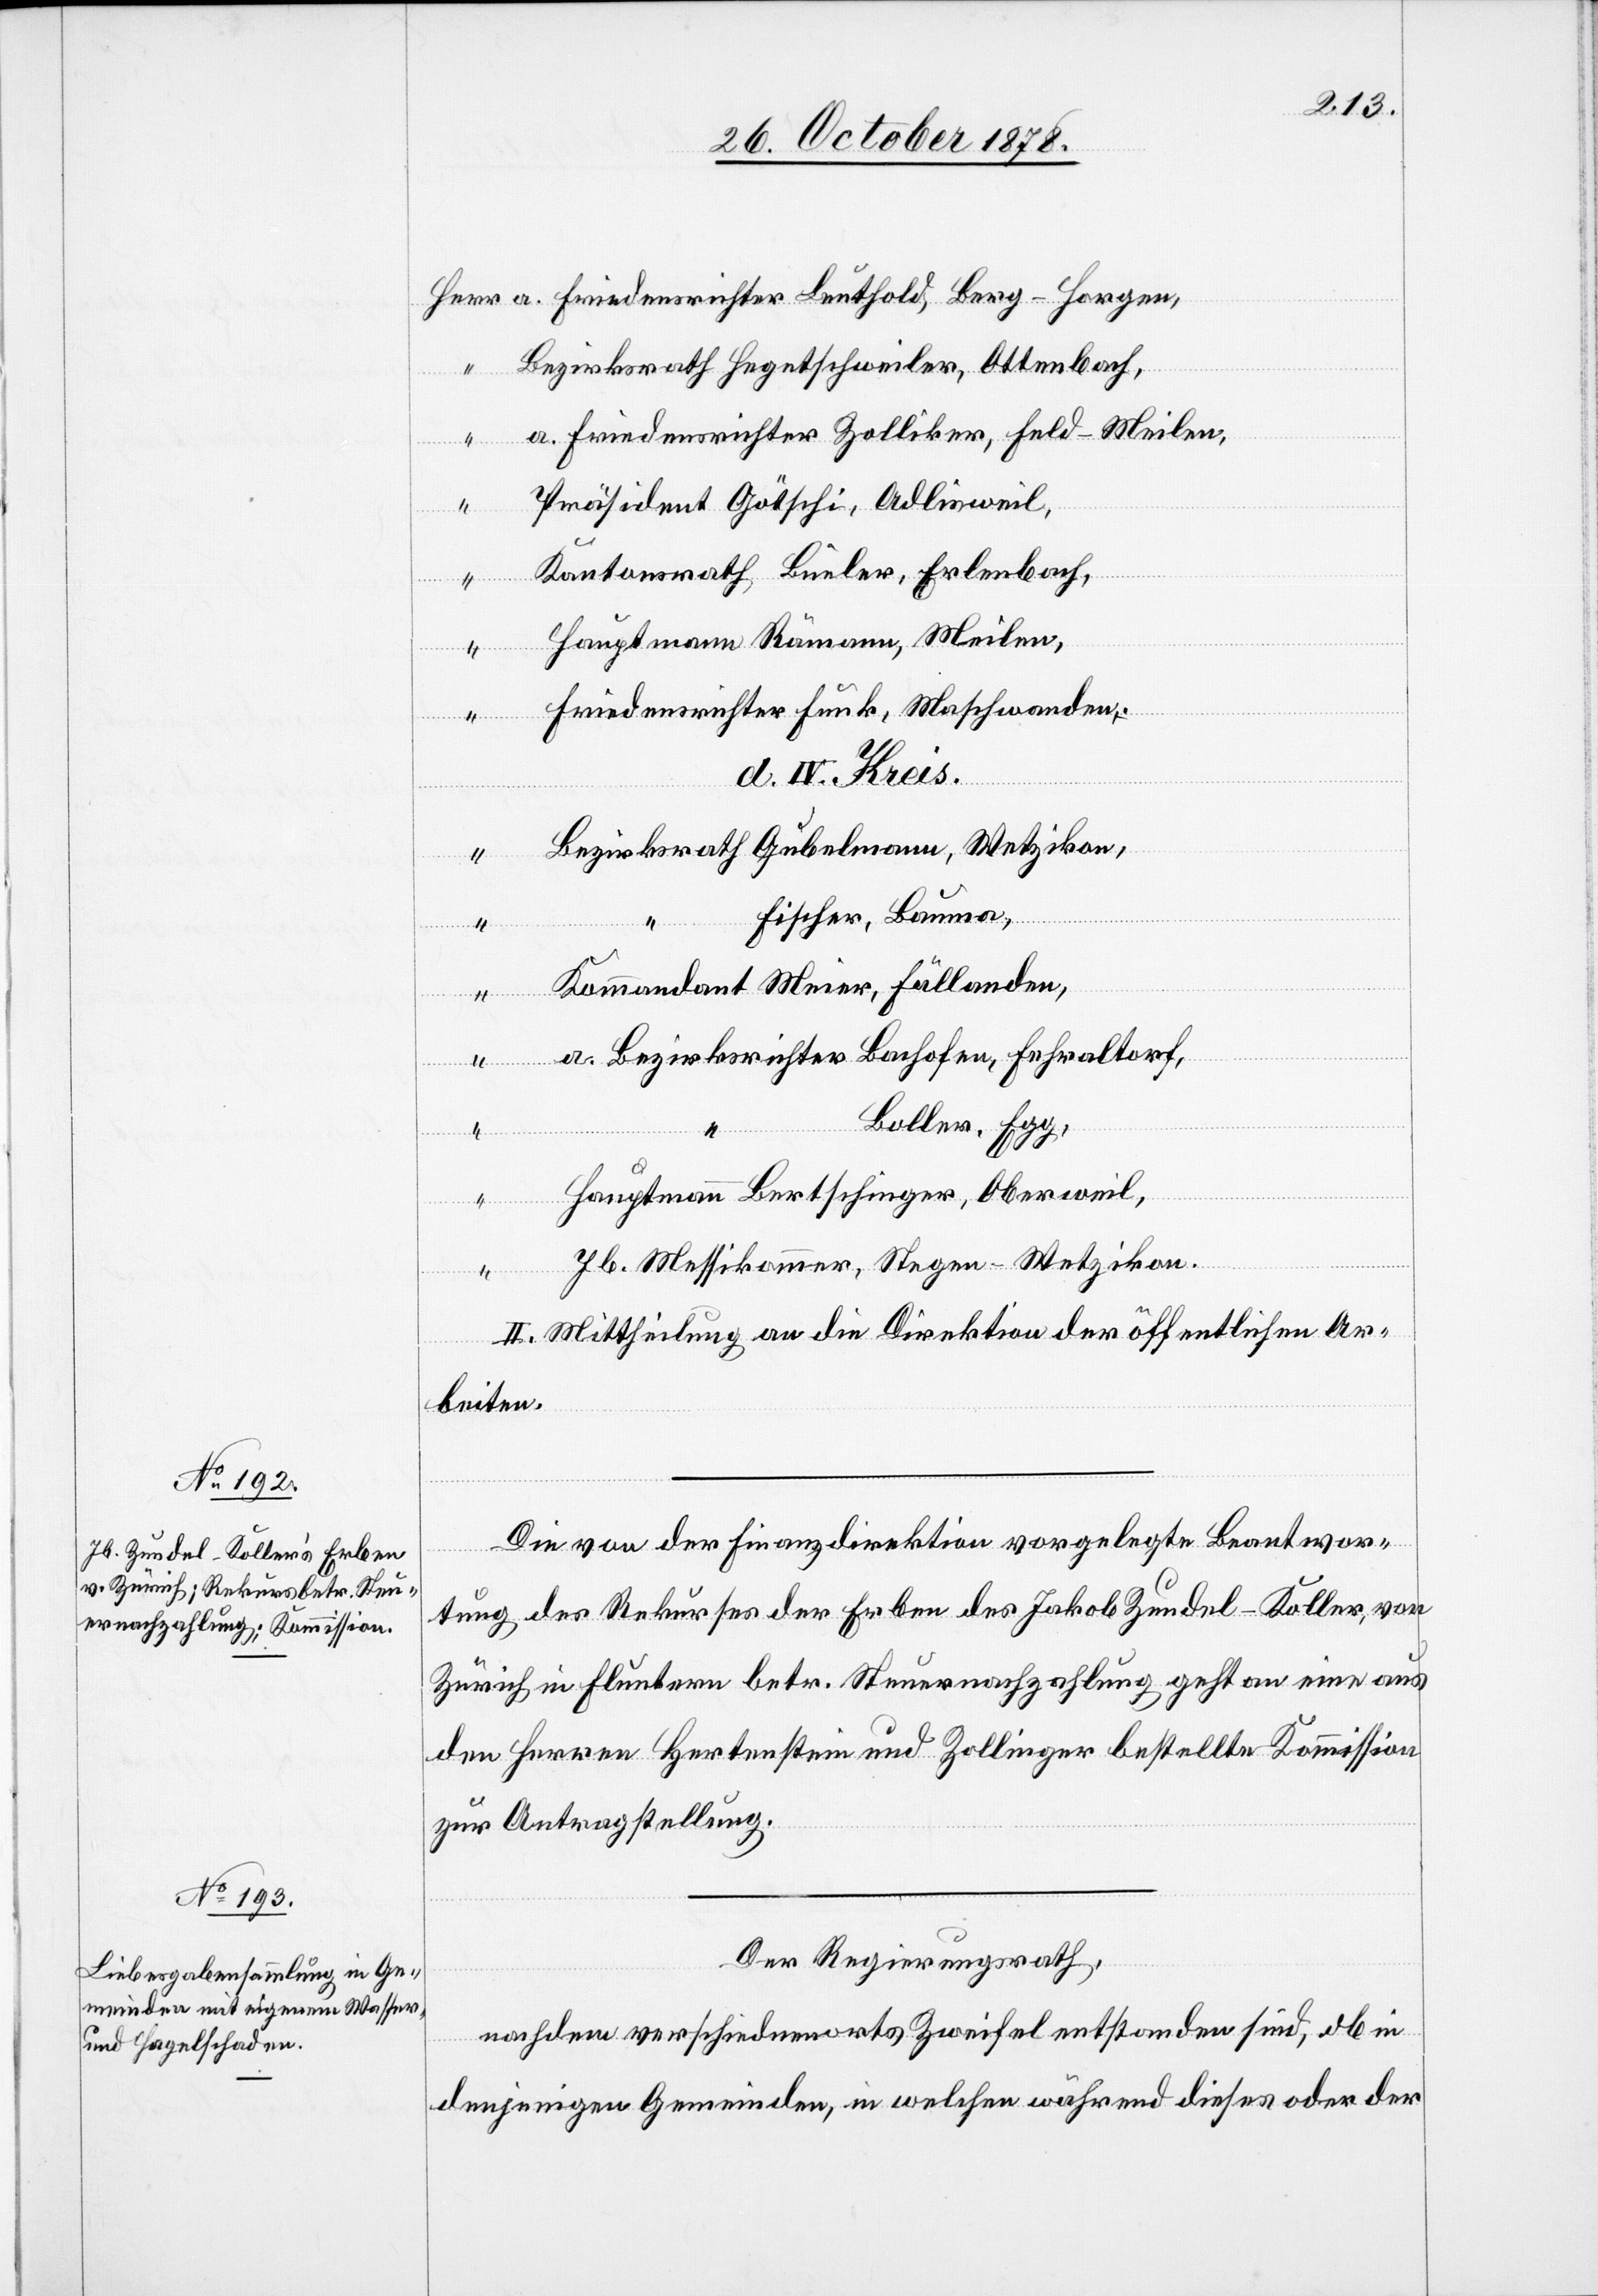
Herr a. Friedensrichter Leuthold, Berg - Horgen,
Bezirksrath Hegetschweiler, Ottenbach,
a. Friedensrichter Zolliker, Feld - Meilen,
“
Präsident Götschi, Adlisweil,
Kantonsrath Büeler, Erlenbach,
Hauptmann Rämann, Meilen,
“
Friedensrichter Funk, Maschwanden,
d. IV. Kreis.
Bezirksrath Gubelmann, Wetzikon,
Fischer, Bauma,
Kommandant Meier, Fällanden,
“
a. Bezirksrichter Bachofen, Fehraltorf,
Boller, Egg,
Hauptmann Bertschinger, Oberweil,
Jb. Messikommer, Stegen - Wetzikon.
II. Mittheilung an die Direktion der öffentlichen Ar¬
beiten.
Die von der Finanzdirektion vorgelegte Beantwor¬
tung des Rekurses der Erben des Jakob Zundel-Koller, von
Zürich in Fluntern betr. Steuernachzahlung geht an eine aus
den Herren Hertenstein und Zollinger bestellte Kommission
zur Antragstellung.
Der Regierungsrath,
nachdem verschiednenorts Zweifel entstanden sind, ob in
denjenigen Gemeinden, in welchen während dieses oder der